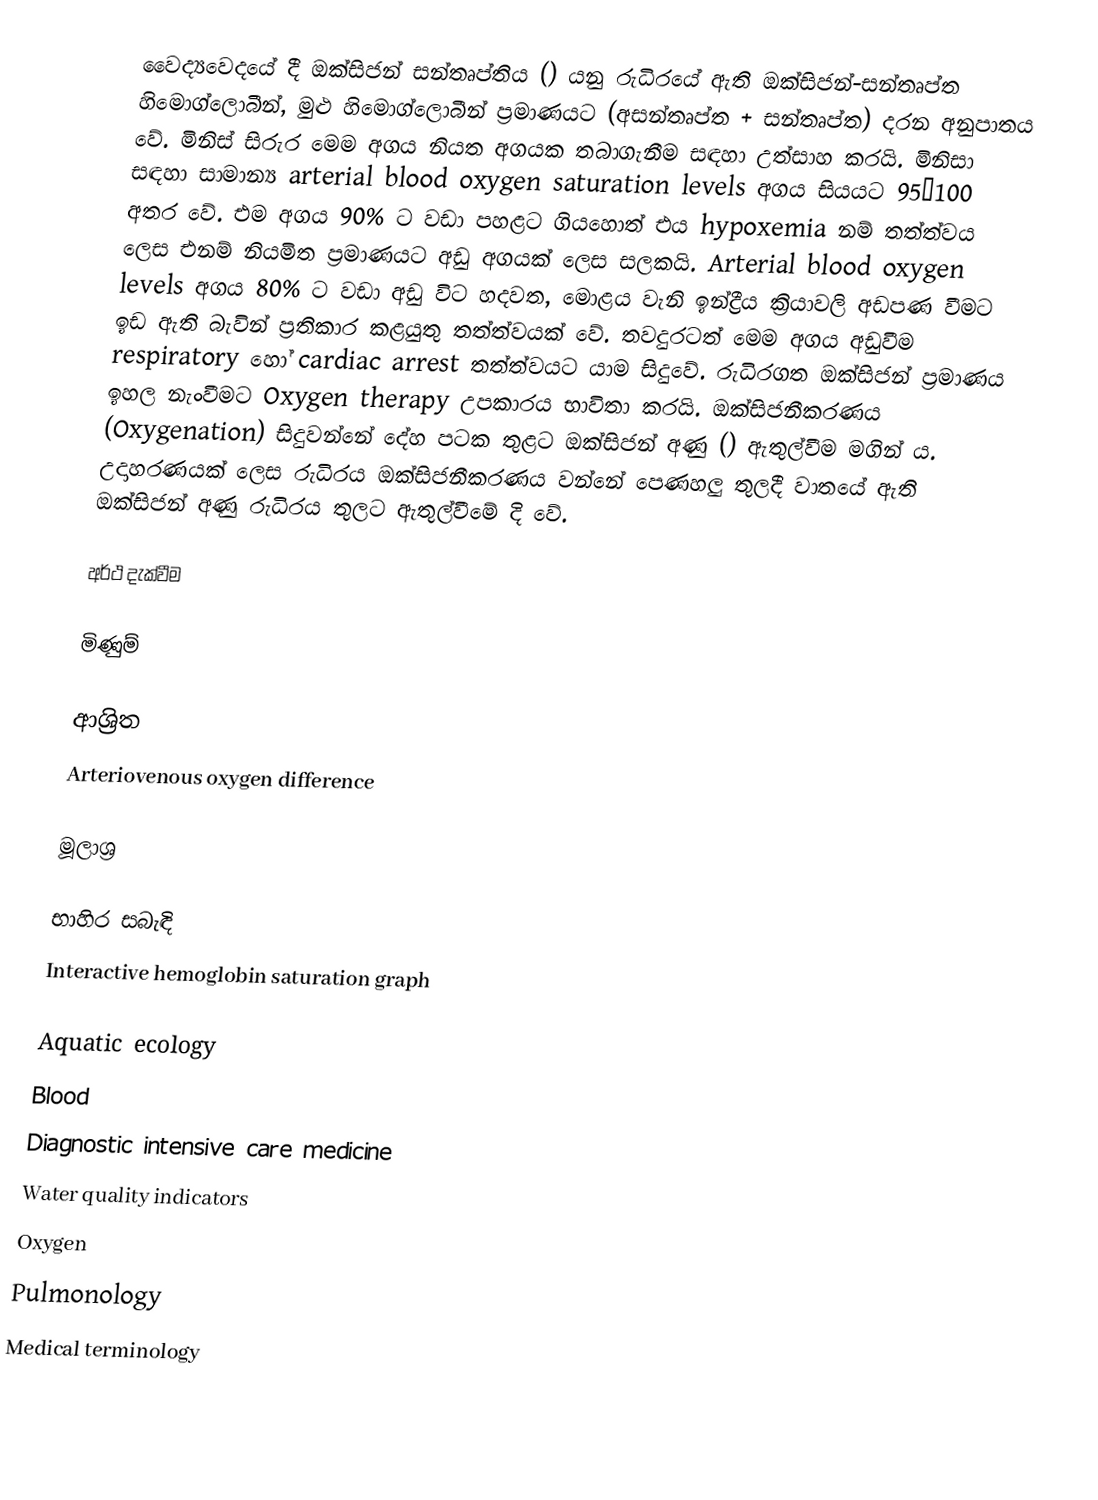
වෛද්‍යවෙදයේ දී ඔක්සිජන් සන්තෘප්තිය () යනු රුධිරයේ ඇති ඔක්සිජන්-සන්තෘප්ත හිමොග්ලොබීන්, මුළු හිමොග්ලොබීන් ප්‍රමාණයට (අසන්තෘප්ත + සන්තෘප්ත) දරන අනුපාතය වේ. මිනිස් සිරුර මෙම අගය නියත අගයක තබාගැනීම සඳහා උත්සාහ කරයි. මිනිසා සඳහා සාමාන්‍ය arterial blood oxygen saturation levels අගය සියයට 95–100 අතර වේ. එම අගය 90% ට වඩා පහළට ගියහොත් එය hypoxemia නම් තත්ත්වය ලෙස එනම් නියමිත ප්‍රමාණයට අඩු අගයක් ලෙස සලකයි. Arterial blood oxygen levels අගය 80% ට වඩා අඩු විට හදවත, මොළය වැනි ඉන්ද්‍රීය ක්‍රියාවලි අඩපණ වීමට ඉඩ ඇති බැවින් ප්‍රතිකාර කළයුතු තත්ත්වයක් වේ. තවදුරටත් මෙම අගය අඩුවීම respiratory හෝ cardiac arrest තත්ත්වයට යාම සිදුවේ. රුධිරගත ඔක්සිජන් ප්‍රමාණය ඉහල නැංවීමට Oxygen therapy උපකාරය භාවිතා කරයි. ඔක්සිජනීකරණය (Oxygenation) සිදුවන්නේ දේහ පටක තුළට ඔක්සිජන් අණු () ඇතුල්වීම මගින් ය. උදාහරණයක් ලෙස රුධිරය ඔක්සිජනීකරණය වන්නේ පෙණහලු තුලදී වාතයේ ඇති ඔක්සිජන් අණු රුධිරය තුලට ඇතුල්වීමේ දි වේ.

අර්ථ දැක්වීම

මිණුම්

ආශ්‍රිත
 Arteriovenous oxygen difference

මූලාශ්‍ර

භාහිර සබැඳි
 Interactive hemoglobin saturation graph

Aquatic ecology
Blood
Diagnostic intensive care medicine
Water quality indicators
Oxygen
Pulmonology
Medical terminology